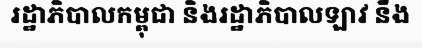
រដ្ឋាភិបាលកម្ពុជា និងរដ្ឋាភិបាលឡាវ នឹង